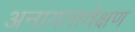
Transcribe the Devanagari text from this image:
अनागतावेक्षण